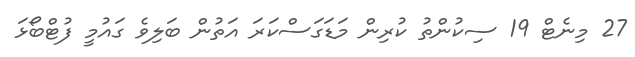
27 މިނެޓް 19 ސިކުންތު ކުރިން މަޑަގަސްކަރަ އަތުން ބަލިވެ ގައުމީ ފުޓްބޯޅަ